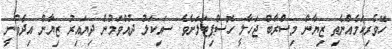
ހޭވެެރިކަމެއްނެތި ޒިޔާން މިސްރާބް ޖަހާލީ ހޮސްޕިޓަލަށެވެ. ސައިކަލު ދުއްވަމުން ދިޔައިރު ޒިޔާން އިދެވުނީ